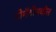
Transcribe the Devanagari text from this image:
टोमॅटोमधील